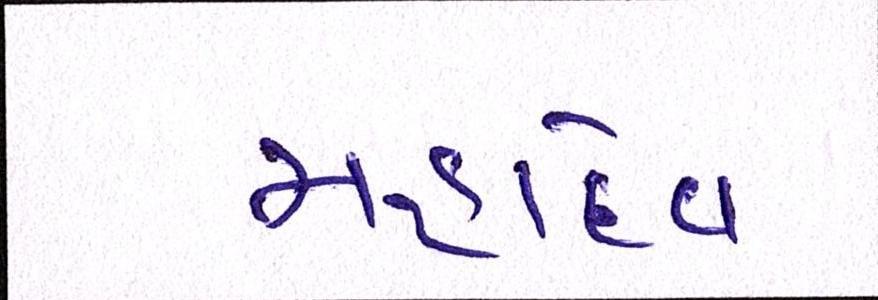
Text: મહાદેવ